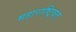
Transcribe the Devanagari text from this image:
महाराष्ट्रिवत्